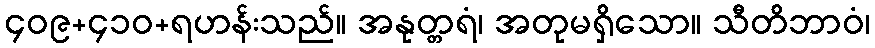
၄၀၉+၄၁၀+ရဟန်းသည်။ အနုတ္တရံ၊ အတုမရှိသော။ သီတိဘာဝံ၊